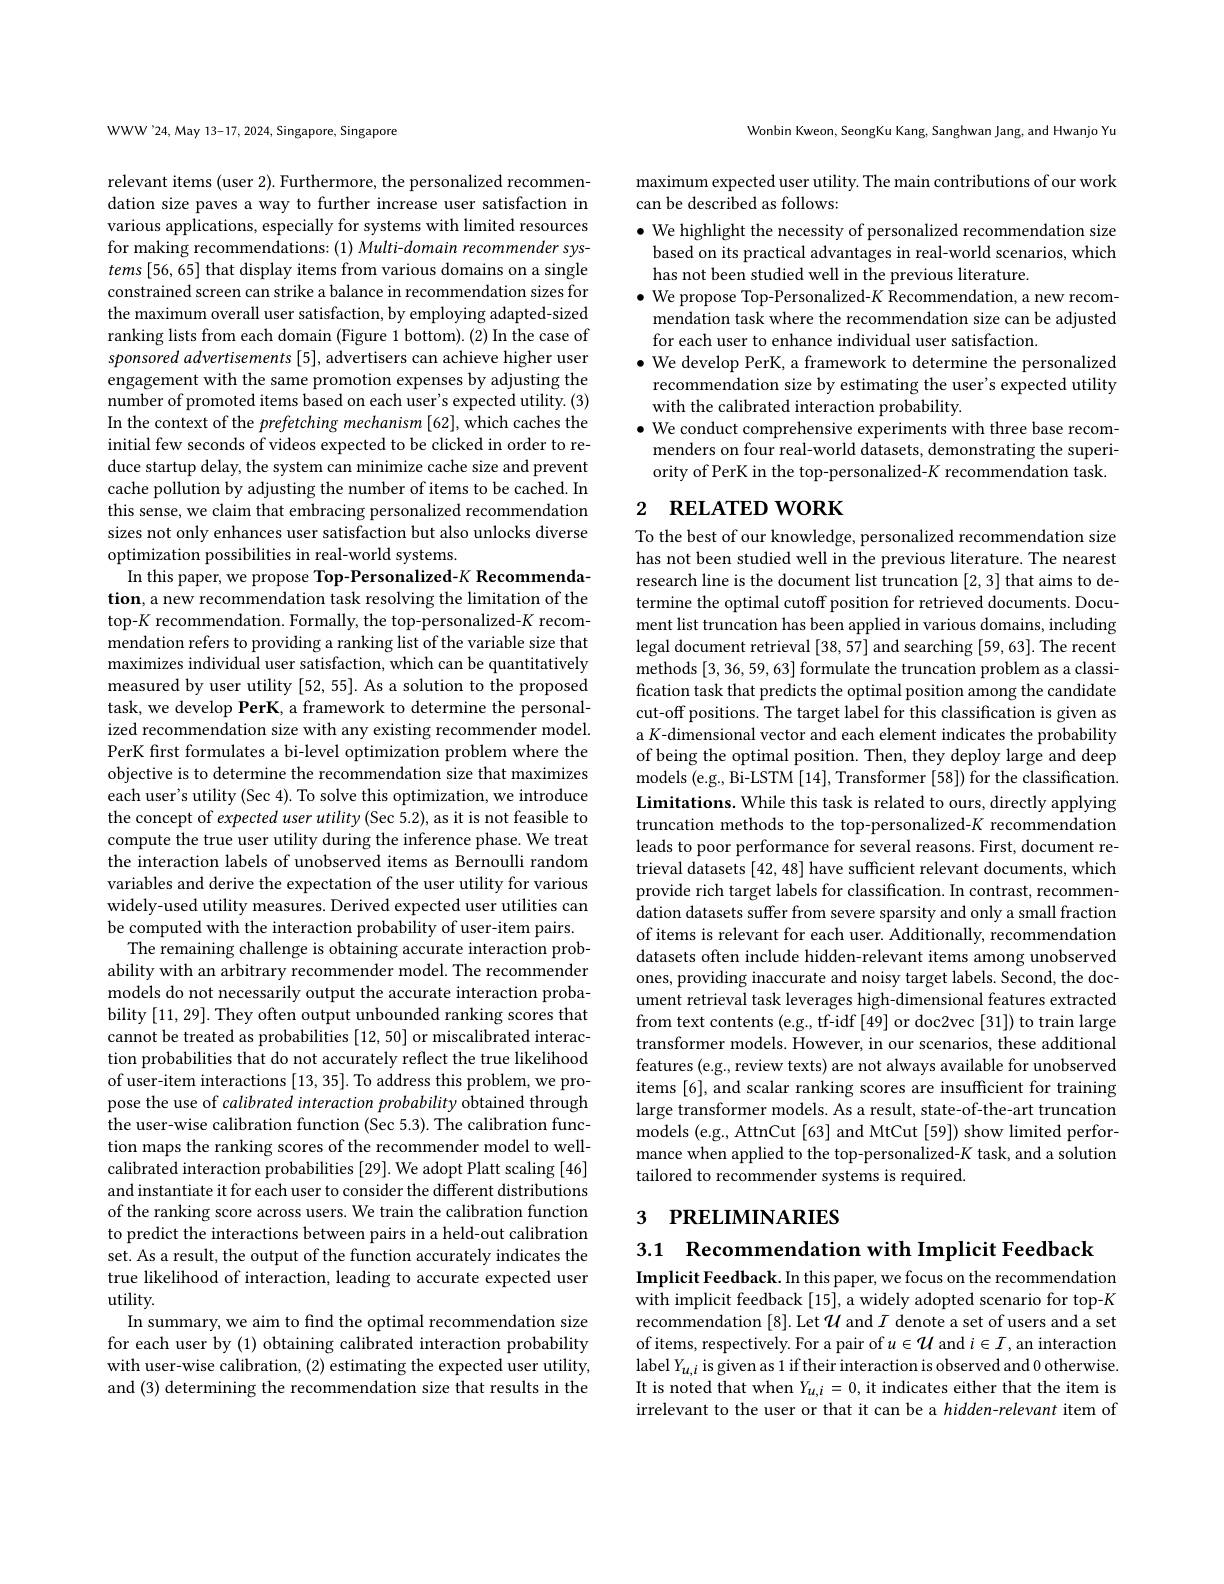
WWW'24, May 13-17, 2024, Singapore, Singapore

relevant items (user 2). Furthermore, the personalized recommendation size paves a way to further increase user satisfaction in various applications, especially for systems with limited resources for making recommendations: (1) Multi-domain recommender systems [56, 65] that display items from various domains on a single constrained screen can strike a balance in recommendation sizes for the maximum overall user satisfaction, by employing adapted-sized ranking lists from each domain (Figure 1 bottom). (2) In the case of sponsored advertisements [5], advertisers can achieve higher user engagement with the same promotion expenses by adjusting the number of promoted items based on each user's expected utility. (3) In the context of the prefetching mechanism [62], which caches the initial few seconds of videos expected to be clicked in order to reduce startup delay, the system can minimize cache size and prevent cache pollution by adjusting the number of items to be cached. In this sense, we claim that embracing personalized recommendation sizes not only enhances user satisfaction but also unlocks diverse optimization possibilities in real-world systems.
In this paper, we propose Top-Personalized-K Recommendation, a new recommendation task resolving the limitation of the top-K recommendation. Formally, the top-personalized-$K$ recommendation refers to providing a ranking list of the variable size that maximizes individual user satisfaction, which can be quantitatively measured by user utility [52, 55]. As a solution to the proposed task, we develop PerK, a framework to determine the personalized recommendation size with any existing recommender model. PerK first formulates a bi-level optimization problem where the objective is to determine the recommendation size that maximizes each user's utility (Sec 4). To solve this optimization, we introduce the concept of expected user utility (Sec 5.2), as it is not feasible to compute the true user utility during the inference phase. We treat the interaction labels of unobserved items as Bernoulli random variables and derive the expectation of the user utility for various widely-used utility measures. Derived expected user utilities can be computed with the interaction probability of user-item pairs.
The remaining challenge is obtaining accurate interaction probability with an arbitrary recommender model. The recommender models do not necessarily output the accurate interaction probability [11,29]. They often output unbounded ranking scores that cannot be treated as probabilities [12,50] or miscalibrated interaction probabilities that do not accurately reflect the true likelihood of user-item interactions [13,35]. To address this problem, we propose the use of calibrated interaction probability obtained through the user-wise calibration function (Sec 5.3). The calibration function maps the ranking scores of the recommender model to wellcalibrated interaction probabilities [29]. We adopt Platt scaling [46] and instantiate it for each user to consider the different distributions of the ranking score across users. We train the calibration function to predict the interactions between pairs in a held-out calibration set. As a result, the output of the function accurately indicates the true likelihood of interaction, leading to accurate expected user utility.
In summary, we aim to find the optimal recommendation size for each user by (1) obtaining calibrated interaction probability with user-wise calibration, (2) estimating the expected user utility, and (3) determining the recommendation size that results in the

Wonbin Kweon, SeongKu Kang, Sanghwan Jang, and Hwanjo Yu

maximum expected user utility. The main contributions of our work
can be described as follows:

$\bullet$ We highlight the necessity of personalized recommendation size based on its practical advantages in real-world scenarios, which has not been studied well in the previous literature.
$\bullet$ We propose Top-Personalized-$K$ Recommendation, a new recommendation task where the recommendation size can be adjusted for each user to enhance individual user satisfaction.
$\bullet$ We develop PerK, a framework to determine the personalized
recommendation size by estimating the user's expected utility
with the calibrated interaction probability.
$\bullet$ We conduct comprehensive experiments with three base recommenders on four real-world datasets, demonstrating the superiority of PerK in the top-personalized-$K$ recommendation task.

# 2 RELATED WORK

To the best of our knowledge, personalized recommendation size has not been studied well in the previous literature. The nearest research line is the document list truncation [2,3] that aims to determine the optimal cutoff position for retrieved documents. Document list truncation has been applied in various domains, including legal document retrieval [38,57] and searching [59,63]. The recent methods [3,36,59,63] formulate the truncation problem as a classification task that predicts the optimal position among the candidate cut-off positions. The target label for this classification is given as a $K$-dimensional vector and each element indicates the probability of being the optimal position. Then, they deploy large and deep models (e.g., Bi-LSTM [14], Transformer [58]) for the classification. Limitations. While this task is related to ours, directly applying truncation methods to the top-personalized-K recommendation leads to poor performance for several reasons. First, document retrieval datasets [42,48] have sufficient relevant documents, which provide rich target labels for classification. In contrast, recommendation datasets suffer from severe sparsity and only a small fraction of items is relevant for each user. Additionally, recommendation datasets often include hidden-relevant items among unobserved ones, providing inaccurate and noisy target labels. Second, the document retrieval task leverages high-dimensional features extracted from text contents (e.g., tf-idf [49] or doc2vec [31]) to train large transformer models. However, in our scenarios, these additional features (e.g., review texts) are not always available for unobserved items [6], and scalar ranking scores are insufficient for training large transformer models. As a result, state-of-the-art truncation models (e.g., AttnCut[63] and MtCut[59]) show limited performance when applied to the top-personalized-$K$ task, and a solution tailored to recommender systems is required.

# 3 PRELIMINARIES

3.1 Recommendation with Implicit Feedback

Implicit Feedback. In this paper, we focus on the recommendation with implicit feedback [15], a widely adopted scenario for top-K recommendation [8]. Let $\mathcal{U}$ and $I$ denote a set of users and a set of items, respectively. For a pair of $u\in\mathcal{U}$ and $i\in I$,an interaction label $Y_u,i$ is given as 1 if their interaction is observed and 0 otherwise. It is noted that when $Y_{u,i}=0$, it indicates either that the item is irrelevant to the user or that it can be a hidden-relevant item of